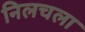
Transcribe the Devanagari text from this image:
निलचला